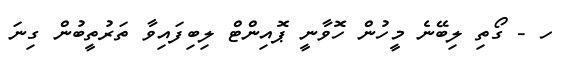
ހ - ގޯތި ލިބޭނެ މީހުން ހޮވާނީ ޕޮއިންޓް ލިބިފައިވާ ތަރުތީބުން ގިނަ